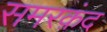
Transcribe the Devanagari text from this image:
समरक़ंद